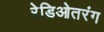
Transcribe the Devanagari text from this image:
रेडिओतरंग